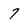
Character: 7